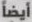
أيضاً